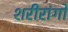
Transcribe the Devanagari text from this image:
शरीरांगों